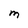
Character: M